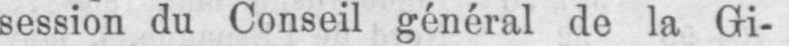
session du Conseil général de la Gi-